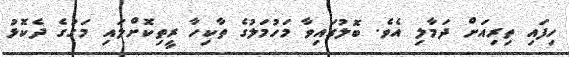
ހިފައި ތިރިއަށް ދަމާލި އެވެ. ބޮލުގައިވާ މަހުމަލުގެ ތާކިހާ ރީތިކޮށްލައި މަގުގެ ދެކޮޅު